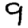
Digit: 9